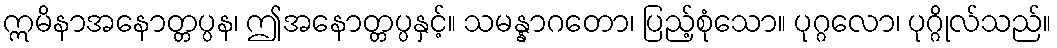
ဣမိနာအနောတ္တပ္ပန၊ ဤအနောတ္တပ္ပနှင့်။ သမန္နာဂတော၊ ပြည့်စုံသော။ ပုဂ္ဂလော၊ ပုဂ္ဂိုလ်သည်။